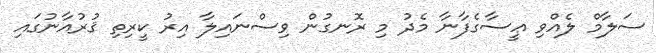
ސަލާމް ލެއްވި ޢީސާގެފާނާ މެދު މި ރޮނގުން ވިސްނައިލާ އިރު ކީރިތި ޤުރުއާނުގައި